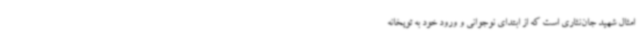
امثال شهید جان‌نثاری است که از ابتدای نوجوانی و ورود خود به توپخانه